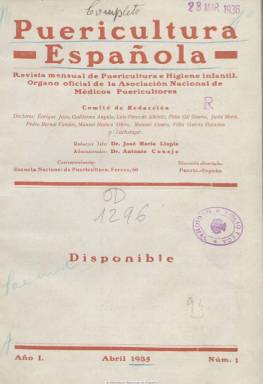
Título: Puericultura española
Colección: Salud e higiene
Ámbito geográfico: Madrid
Lugar de publicación: Madrid
Fechas: 01/04/1935-31/07/1936

Revista mensual especializada en puericultura e higiene infantil, órgano oficial de la Asociación Nacional de Médicos Puericultores, que aparece en abril de 1935. La dirige el presidente de esta entidad, Enrique Jaso Roldán: siendo su redactor-jefe, José María Llopis, y su administrador, Antonio Conejo. Su comité de redacción lo integran una docena de doctores y una enfermera, Blanca Bermudo, y entre los primeros, Guillermo Angulo, Luis Pérez de Albéniz, Félix Gil Osorio, Justo Mora, Pedro Bernal Fandos, Manuel Blanco Otero, Manuel Quero, Félix García Palacios y Luchsinger. Cuenta con colaboradores fijos, los doctores J.A.A. Muñoyerro, G. Arce. J. Bravo Frías, J. Comín, R. Duarte Salcedo, J. Muños Seca, M. Pascua, A. Romero Lozano, S. Ruesta, C. Sáinz de los Terreros y E. Súñer.

Su redacción estaba ubicada en la Escuela Nacional de Puericultura, en la calle Ferraz, de Madrid, a la que pertenecían como profesores y facultativos muchos de los autores de sus artículos. La revista llega a publicar nueve artículos firmados por enfermeras, de los que es autora de cuatro la citada Blanca Bermudo, enfermera del Estado y pensionada por la Fundación Rockefeller, que publicará unas Notas de un viaje a Nueva York

Junto a trabajos científicos y profesionales, con inclusión de datos estadísticos, publica información sobre sanidad internacional. Informa sobre la organización profesional de la que la revista es órgano oficial, y tiene al final secciones de Bibliografía, Revista de revistas, Noticias y Sección oficial. Asimismo inserta lo que califica folletón, que no es otra cosa que unas Nociones anatomo-fisiológicas del niños durante la primera y segunda infancia, de las que el doctor Jaso es su autor, así como el texto de alguna conferencia. Entre los asuntos de los que tratan sus textos, se encuentran los referidos a puericultura, vacunación, mortalidad infantil, epidemiología, enfermería o política sanitaria. Publica también una crónica del viaje de estudios realizado por los médicos-alumnos de la Escuela Nacional de Puericultura en el curso 1934-1935.

Sus entregas son en torno a las 32 páginas, que más tarde aumenta, compuestas a una columna (excepto las secciones fijas, que los son a dos columnas) y entre sus textos inserta fotograbados. También contiene publicidad comercial de productos referidos a la sanidad infantil, alguno de ellos en color. En marzo de 1936 reinicia la numeración de sus entregas, pero comenzando con el número 3 (quizá para coincidir con la del mes), a la vez que su paginación empieza a ser continuada. Anteriormente, en su número 10, correspondiente a enero de ese año, publica un índice alfabético de materias de 1935. La colección de la Biblioteca Nacional la integran dieciséis entregas, correspondiendo la última a julio de 1936.